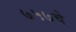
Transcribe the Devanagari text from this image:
७५७चे